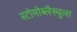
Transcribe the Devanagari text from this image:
स्टोमोब्लैस्चुला